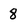
Character: 8